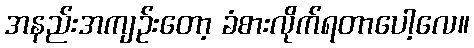
အနည်းအကျဉ်းတော့ ခံစားလိုက်ရတာပေါ့လေ။